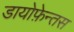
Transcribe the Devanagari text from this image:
डायोफ़ेन्तस